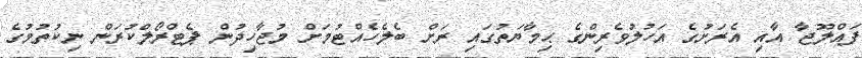
ފައްލޫޖާ އާއި އެރަށުގެ އަހުލުވެރިންގެ ޙިމާޔަތުގައި ރަށް ބެލެހެއްޓުމަށް މުޖާހިދުން ޕެޓްރޯލްކުރަން ނިކުތުމުގެ